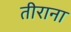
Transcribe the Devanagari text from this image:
तीराना